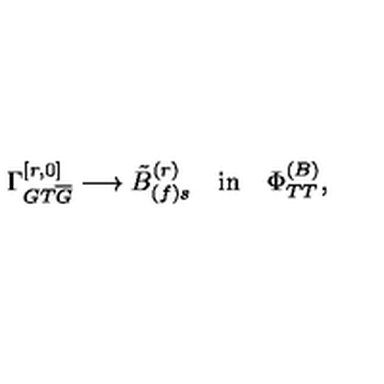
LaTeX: \Gamma _ { G T \overline { { G } } } ^ { [ r , 0 ] } \longrightarrow { \tilde { B } } _ { ( f ) s } ^ { ( r ) } \quad \mathrm { { i n } } \quad \Phi _ { T T } ^ { ( B ) } ,